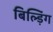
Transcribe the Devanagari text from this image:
बिल्ड़िंग